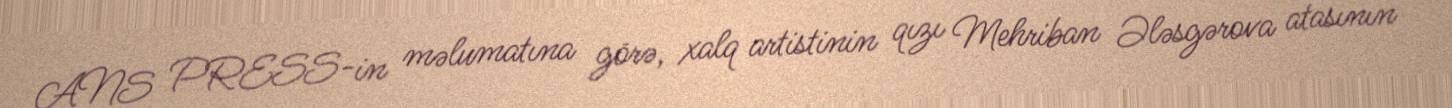
ANS PRESS-in məlumatına görə, xalq artistinin qızı Mehriban Ələsgərova atasının